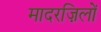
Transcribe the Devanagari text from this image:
मादरज़िलों